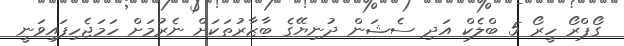
ގޯޕްރޯ ހީރޯ 5 ބްލެކް އަދި ސެޝަން ދުނިޔޭގެ ބާޒާރުތަކަށް ނެރުމަށް ހަމަޖެހިފައިވަނީ